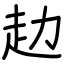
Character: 赲